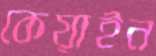
কেয়াইন